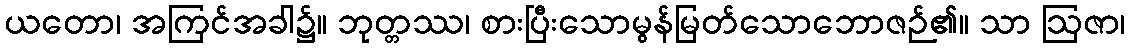
ယတော၊ အကြင်အခါ၌။ ဘုတ္တဿ၊ စားပြီးသောမွန်မြတ်သောဘောဇဉ်၏။ သာ ဩဇာ၊